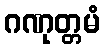
ဂဏုတ္တမံ